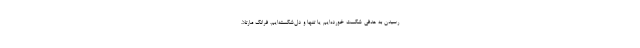
رسیدن به هدفی شکست خورده‌ایم یا تنها و دل‌شکسته‌ایم. فرانک مارتلا،